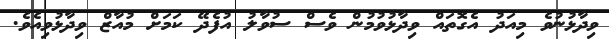
ވިދާޅުނުވެ މިއަދު އެގޮތައް ވިދާޅުވުމުން ވެސް ސުވާލު އުފެދޭ ކަމަށް މުއާޒް ވިދާޅުވިއެވެ.